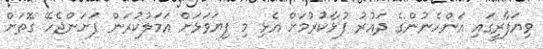
ވިޔަފާރީގައި އަންހެނުންގެ ދައުރު ފުޅާކުރުމަށް އެޅި މި ފިޔަވަޅަށް އަމަލުކުރަން ފަށަންޖެހޭ ގޮތަށް